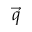
\vec { q }